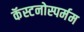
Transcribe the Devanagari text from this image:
कॅस्टनोस्पर्मम